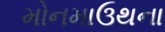
મોનમાઉથના